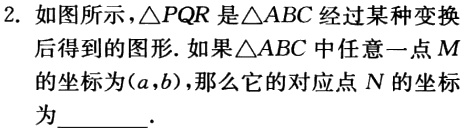
2. 如图所示，\(\triangle PQR\)是\(\triangle ABC\)经过某种变换后得到的图形. 如果\(\triangle ABC\)中任意一点\(M\)的坐标为\((a,b)\)，那么它的对应点\(N\)的坐标为________.